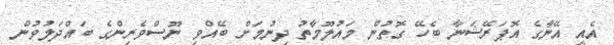
އެއީ އޭނާގެ އޮޕަރޭޝަނާ ބެހޭ ގޮތުން މައުލޫމާތު ދިނުމަށް ބޭއްވި ނޫސްވެރިންގެ ބައްދަލުވުން